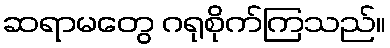
ဆရာမတွေ ဂရုစိုက်ကြသည်။